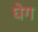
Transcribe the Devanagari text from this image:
घेग